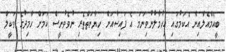
ބީއެމްއެލްއިން އެކަމުގައި އިހުމާލުނުވިނަމަ އެ ފައިސާއަށް ހިޔާނަތްތެރި ނުވެވުނީސް ކަމަށް ހާމިދުގެ ވަކީލް